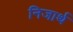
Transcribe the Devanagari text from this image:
निजार्थ